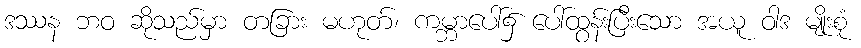
ဒဿန ဘဝ ဆိုသည်မှာ တခြား မဟုတ်၊ ကမ္ဘာပေါ်၌ ပေါ်ထွန်းပြီးသော အယူ ဝါဒ မျိုးစုံ